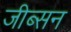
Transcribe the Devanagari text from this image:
जीब्सन